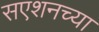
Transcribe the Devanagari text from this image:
सएशनच्या